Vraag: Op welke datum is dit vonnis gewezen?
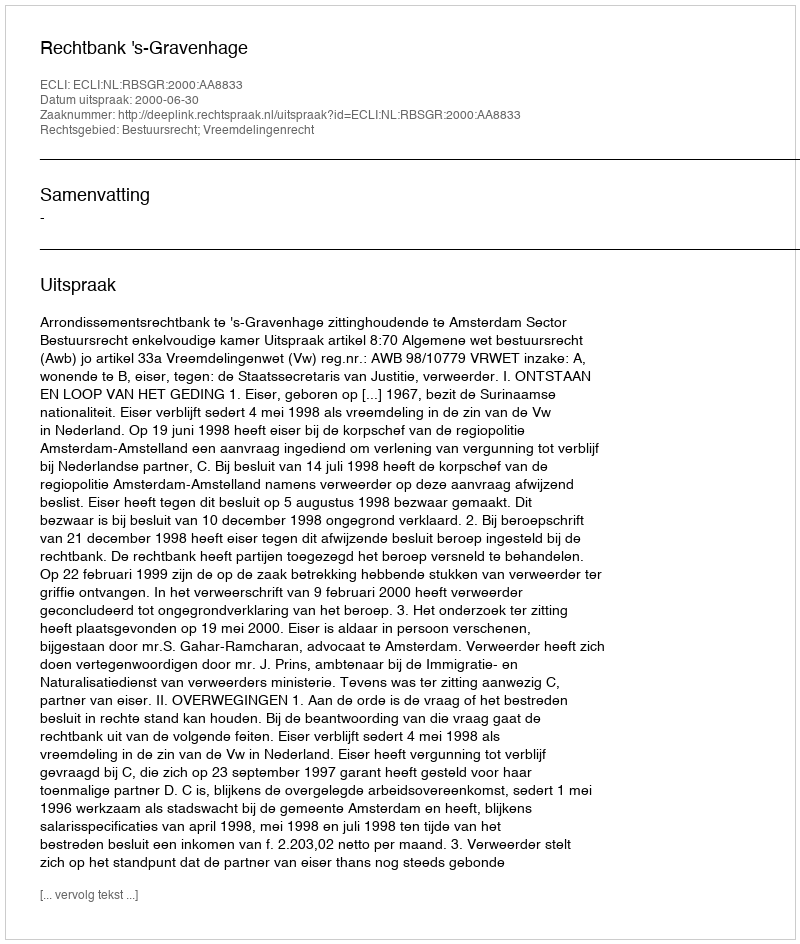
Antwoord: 2000-06-30